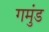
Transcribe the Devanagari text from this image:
गमुंड